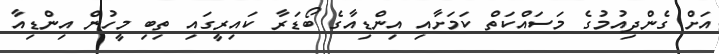
އަށް ގެންދިއުމުގެ މަސައްކަތް ކަމަށާއި އިންޑިއާގެ ބޯޑަރާ ކައިރީގައި ތިބި މީހުން އިންޑިއާ